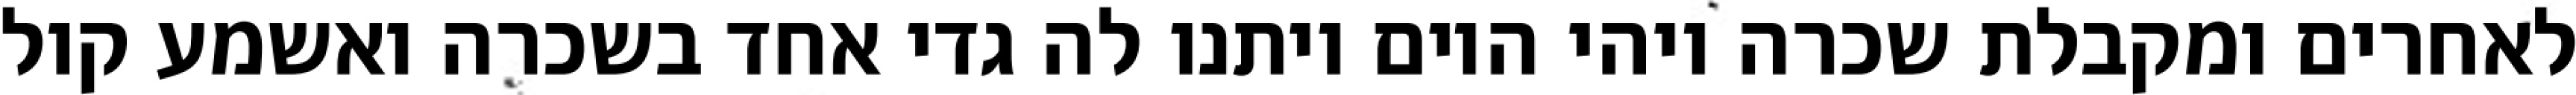
לאחרים ומקבלת שכרה ויהי היום ויתנו לה גדי אחד בשכרה ואשמע קול